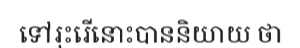
ទៅរុះរើនោះបាននិយាយ ថា